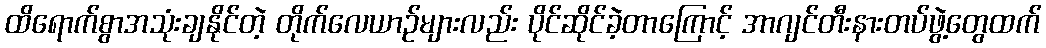
ထိရောက်စွာအသုံးချနိုင်တဲ့ တိုက်လေယာဉ်များလည်း ပိုင်ဆိုင်ခဲ့တာကြောင့် အာဂျင်တီးနားတပ်ဖွဲ့တွေထက်